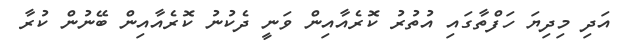
އަދި މިދިޔަ ހަފްތާގައި އުތުރު ކޮރެއާއިން ވަނީ ދެކުނު ކޮރެއާއިން ބޭނުން ކުރާ